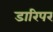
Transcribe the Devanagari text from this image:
डारिपर